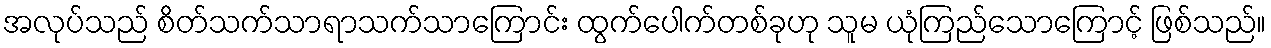
အလုပ်သည် စိတ်သက်သာရာသက်သာကြောင်း ထွက်ပေါက်တစ်ခုဟု သူမ ယုံကြည်သောကြောင့် ဖြစ်သည်။